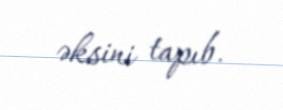
əksini tapıb.